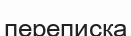
переписка